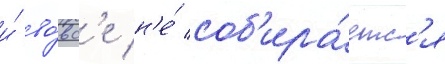
и́ во́вс'е н'е́ соб'ира́етс'я